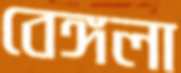
বেঙ্গলা